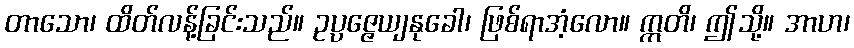
တာသော၊ ထိတ်လန့်ခြင်းသည်။ ဥပ္ပဇ္ဇေယျနုခေါ၊ ဖြစ်ရာအံ့လော။ ဣတိ၊ ဤသို့။ အာဟ၊